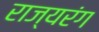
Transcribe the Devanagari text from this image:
राज्यरंग